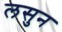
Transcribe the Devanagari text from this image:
लसुन